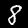
Digit: 8